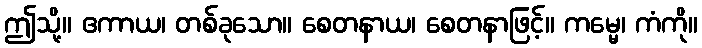
ဤသို့။ ဧကာယ၊ တစ်ခုသော။ စေတနာယ၊ စေတနာဖြင့်။ ကမ္မေ၊ ကံကို။